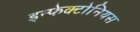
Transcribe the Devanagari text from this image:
इन्फेक्टोनियस